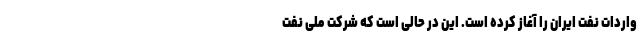
واردات نفت ایران را آغاز کرده است. این در حالی است که شرکت ملی نفت